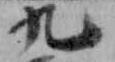
九